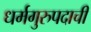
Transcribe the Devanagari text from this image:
धर्मगुरुपदाची